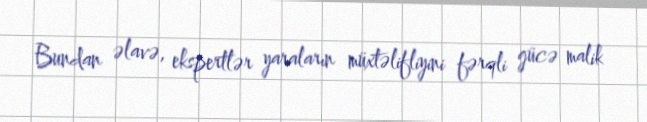
Bundan əlavə, ekspertlər yaraların müxtəlifliyini fərqli gücə malik